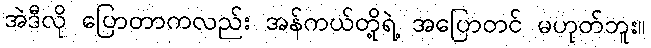
အဲဒီလို ပြောတာကလည်း အန်ကယ်တို့ရဲ့ အပြောတင် မဟုတ်ဘူး။